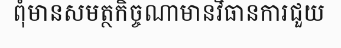
ពុំមានសមត្ថកិច្ចណាមានវិធានការជួយ